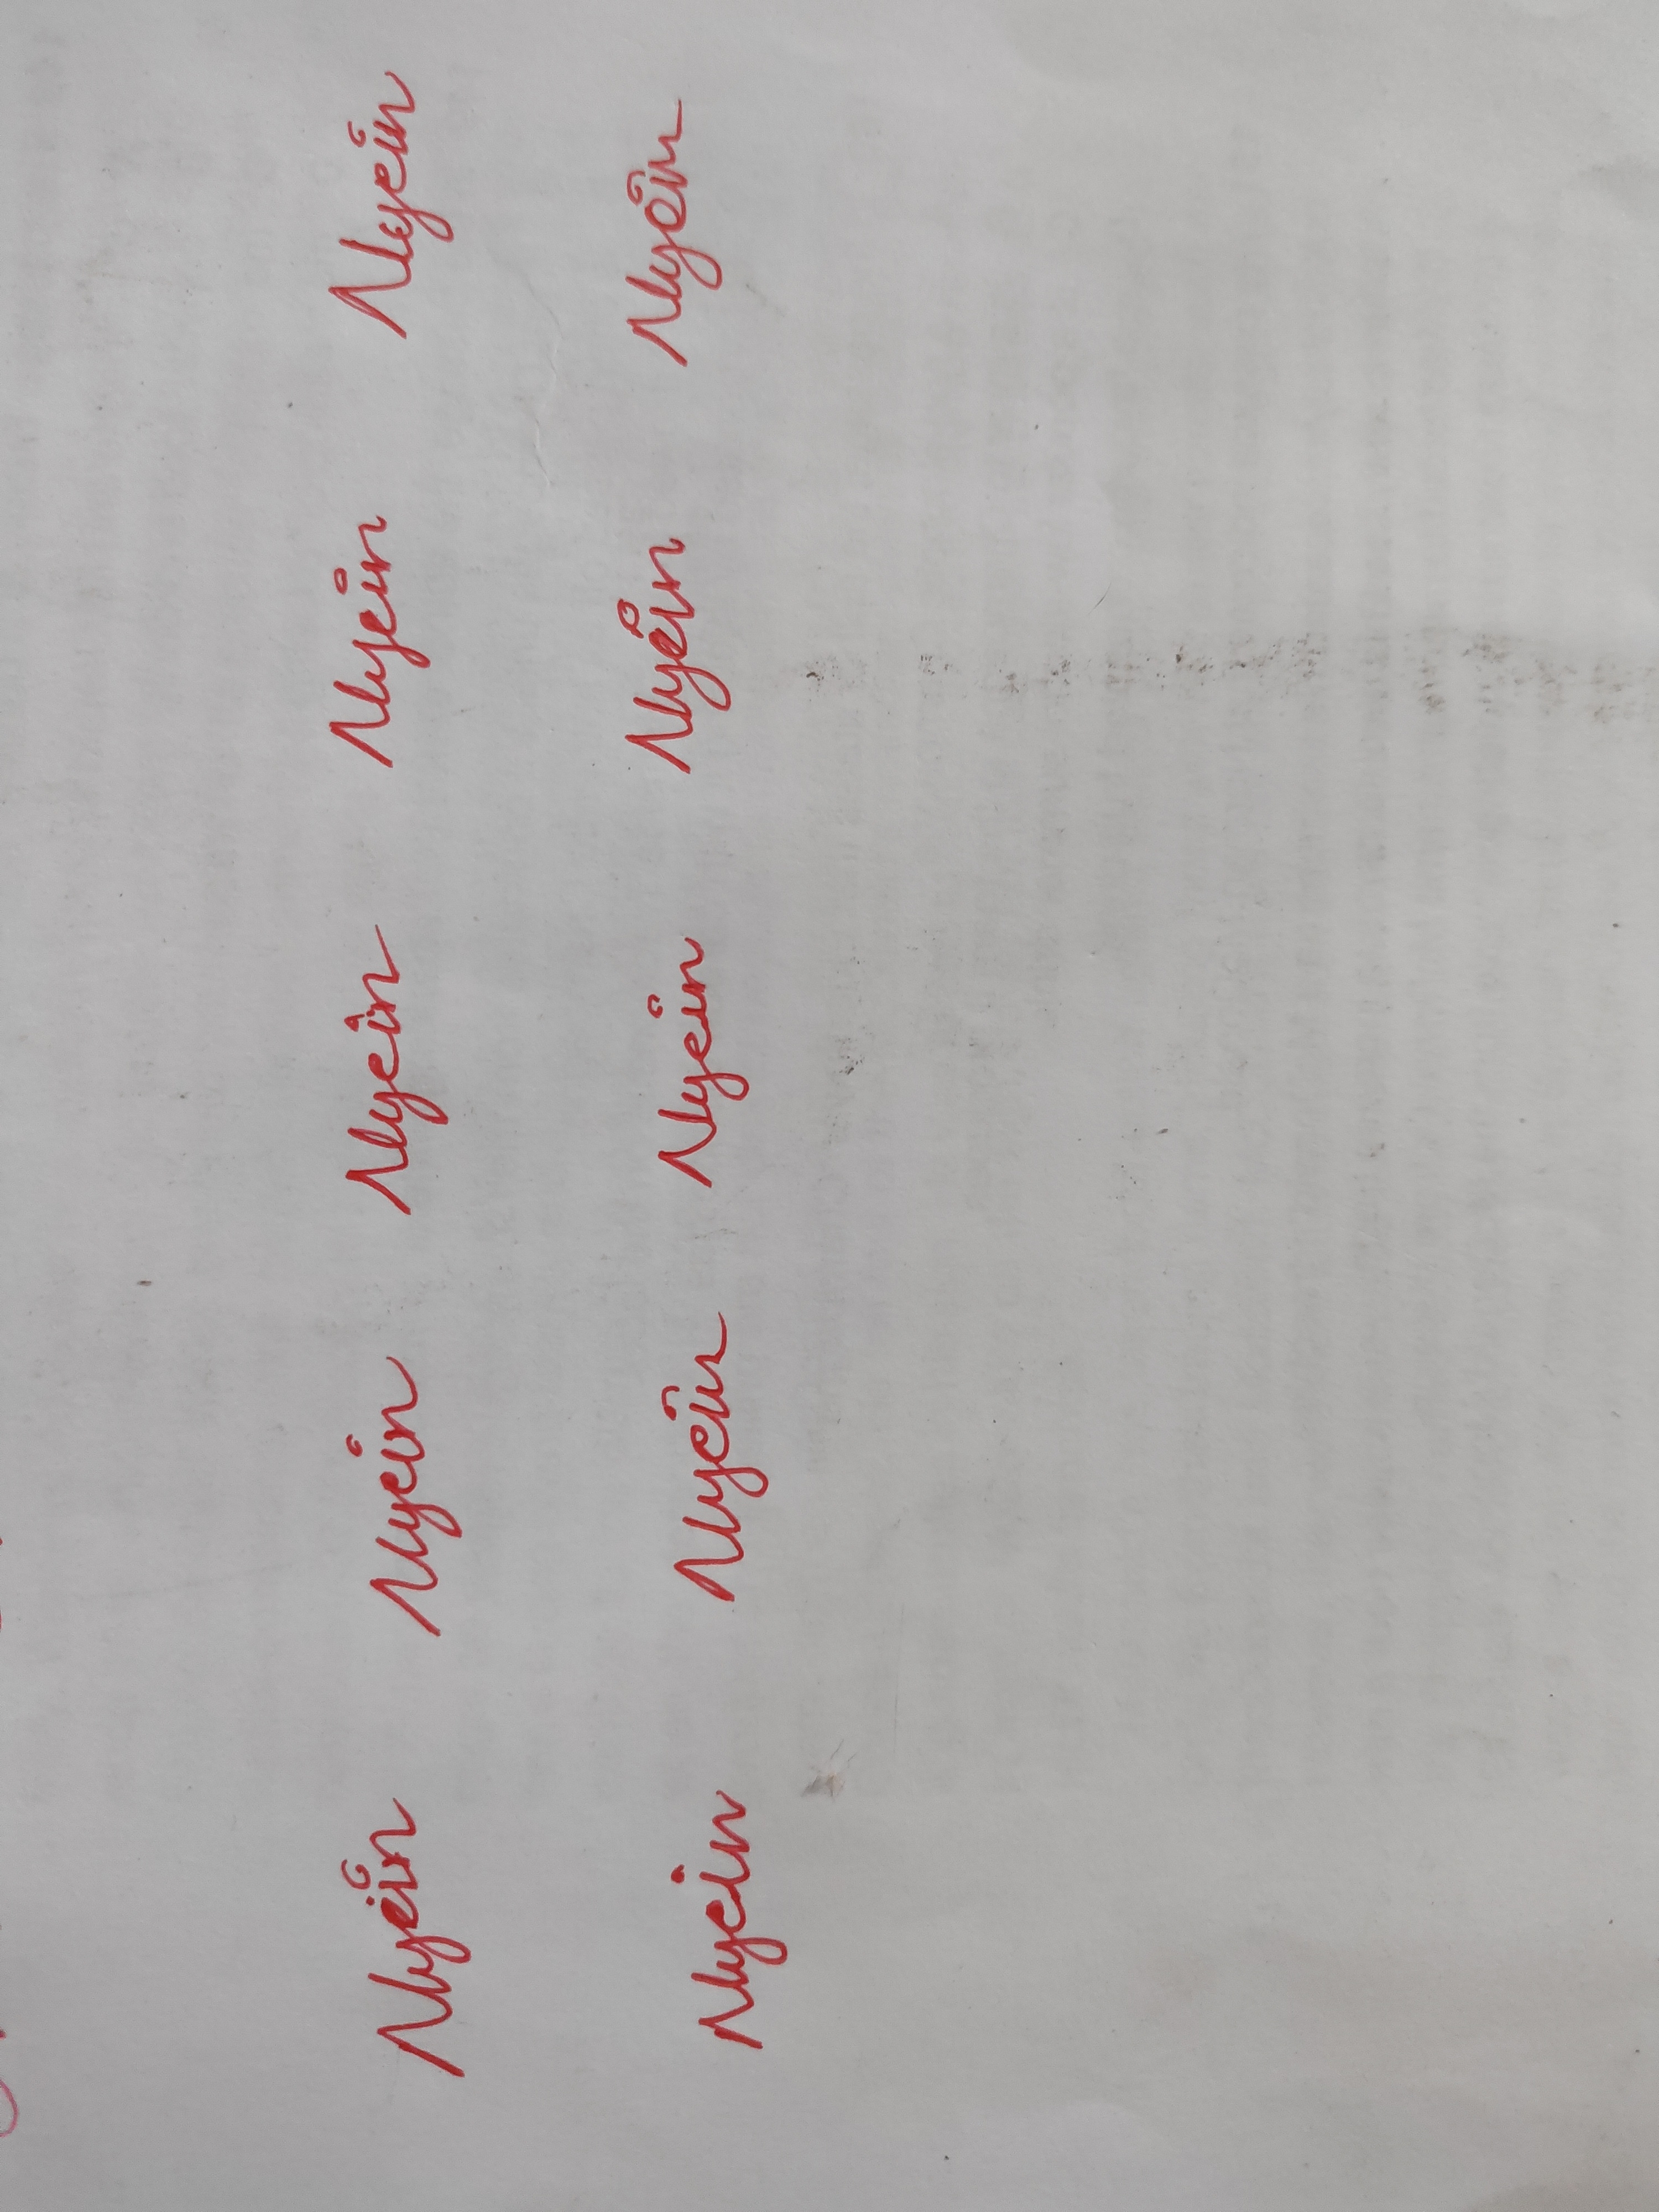
Signature authenticity: genuine